Bréfritari: Soffía Daníelsdóttir
Viðtakandi: Jakobína Magnúsdóttir og Daníel Halldórsson
Dagsetning: A-1904-06-26
Skrifað á: Skeggjastöðum  N-Múl.
Soffía var dóttir Jakobínu og Daníels

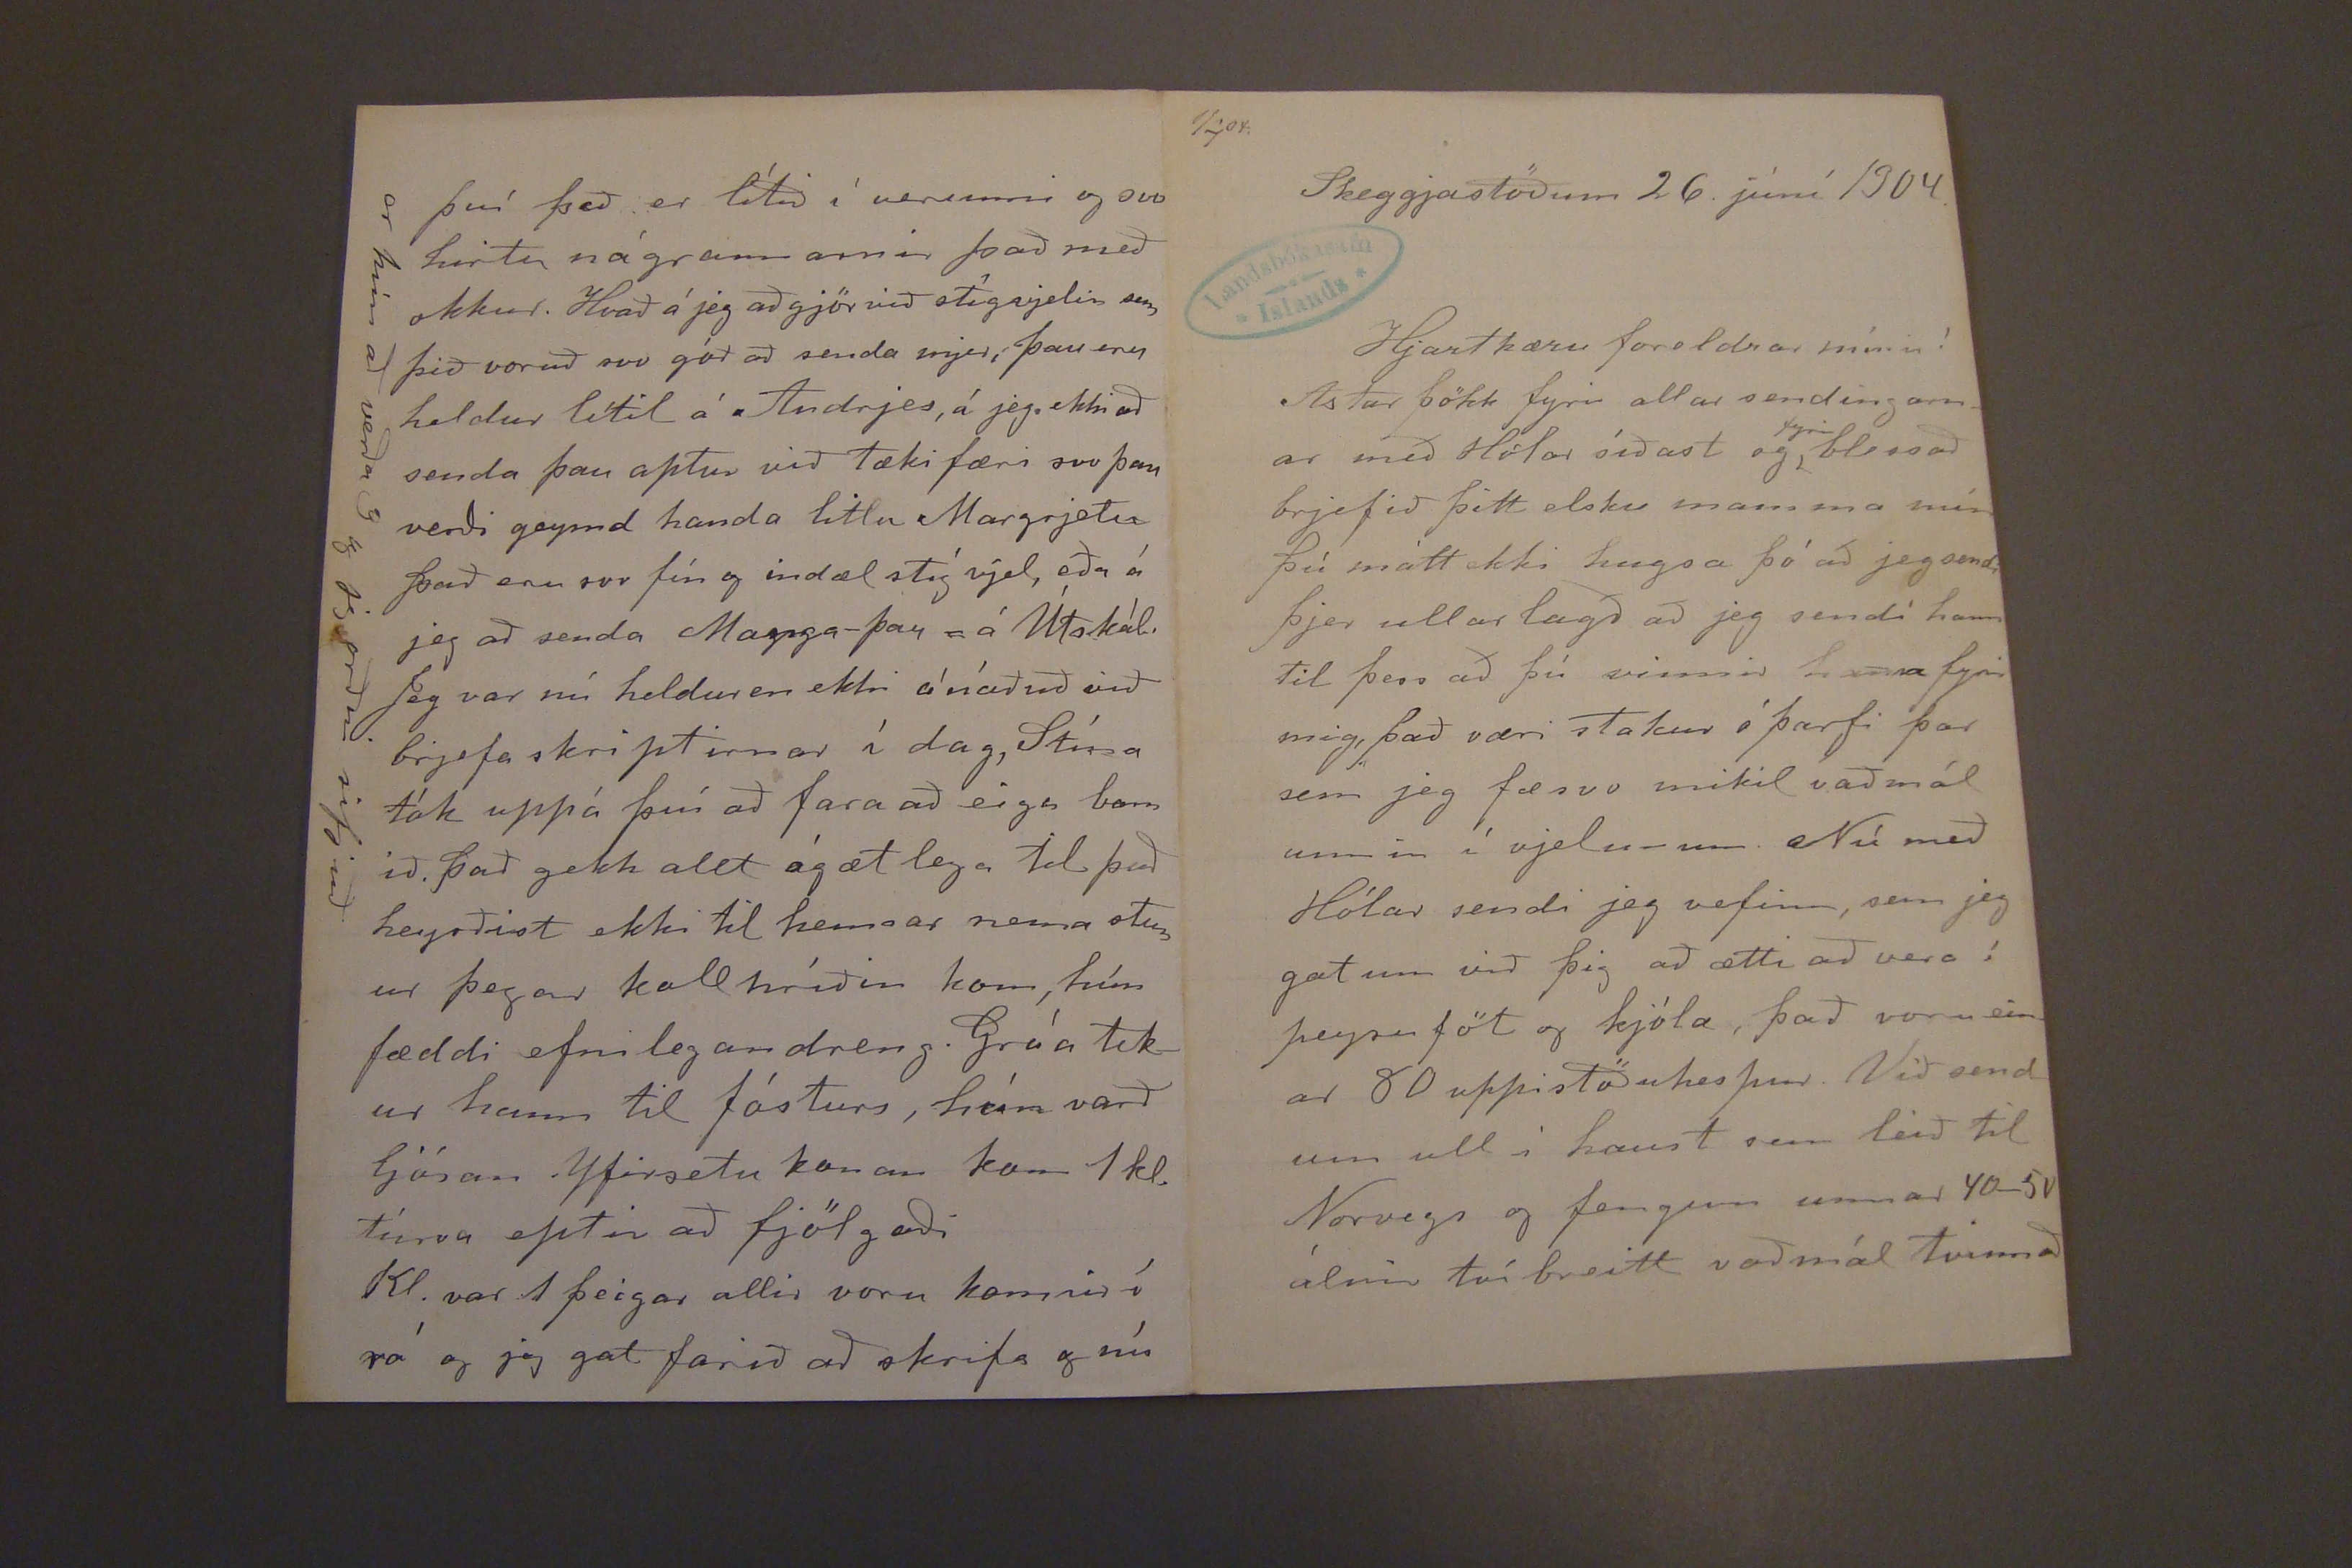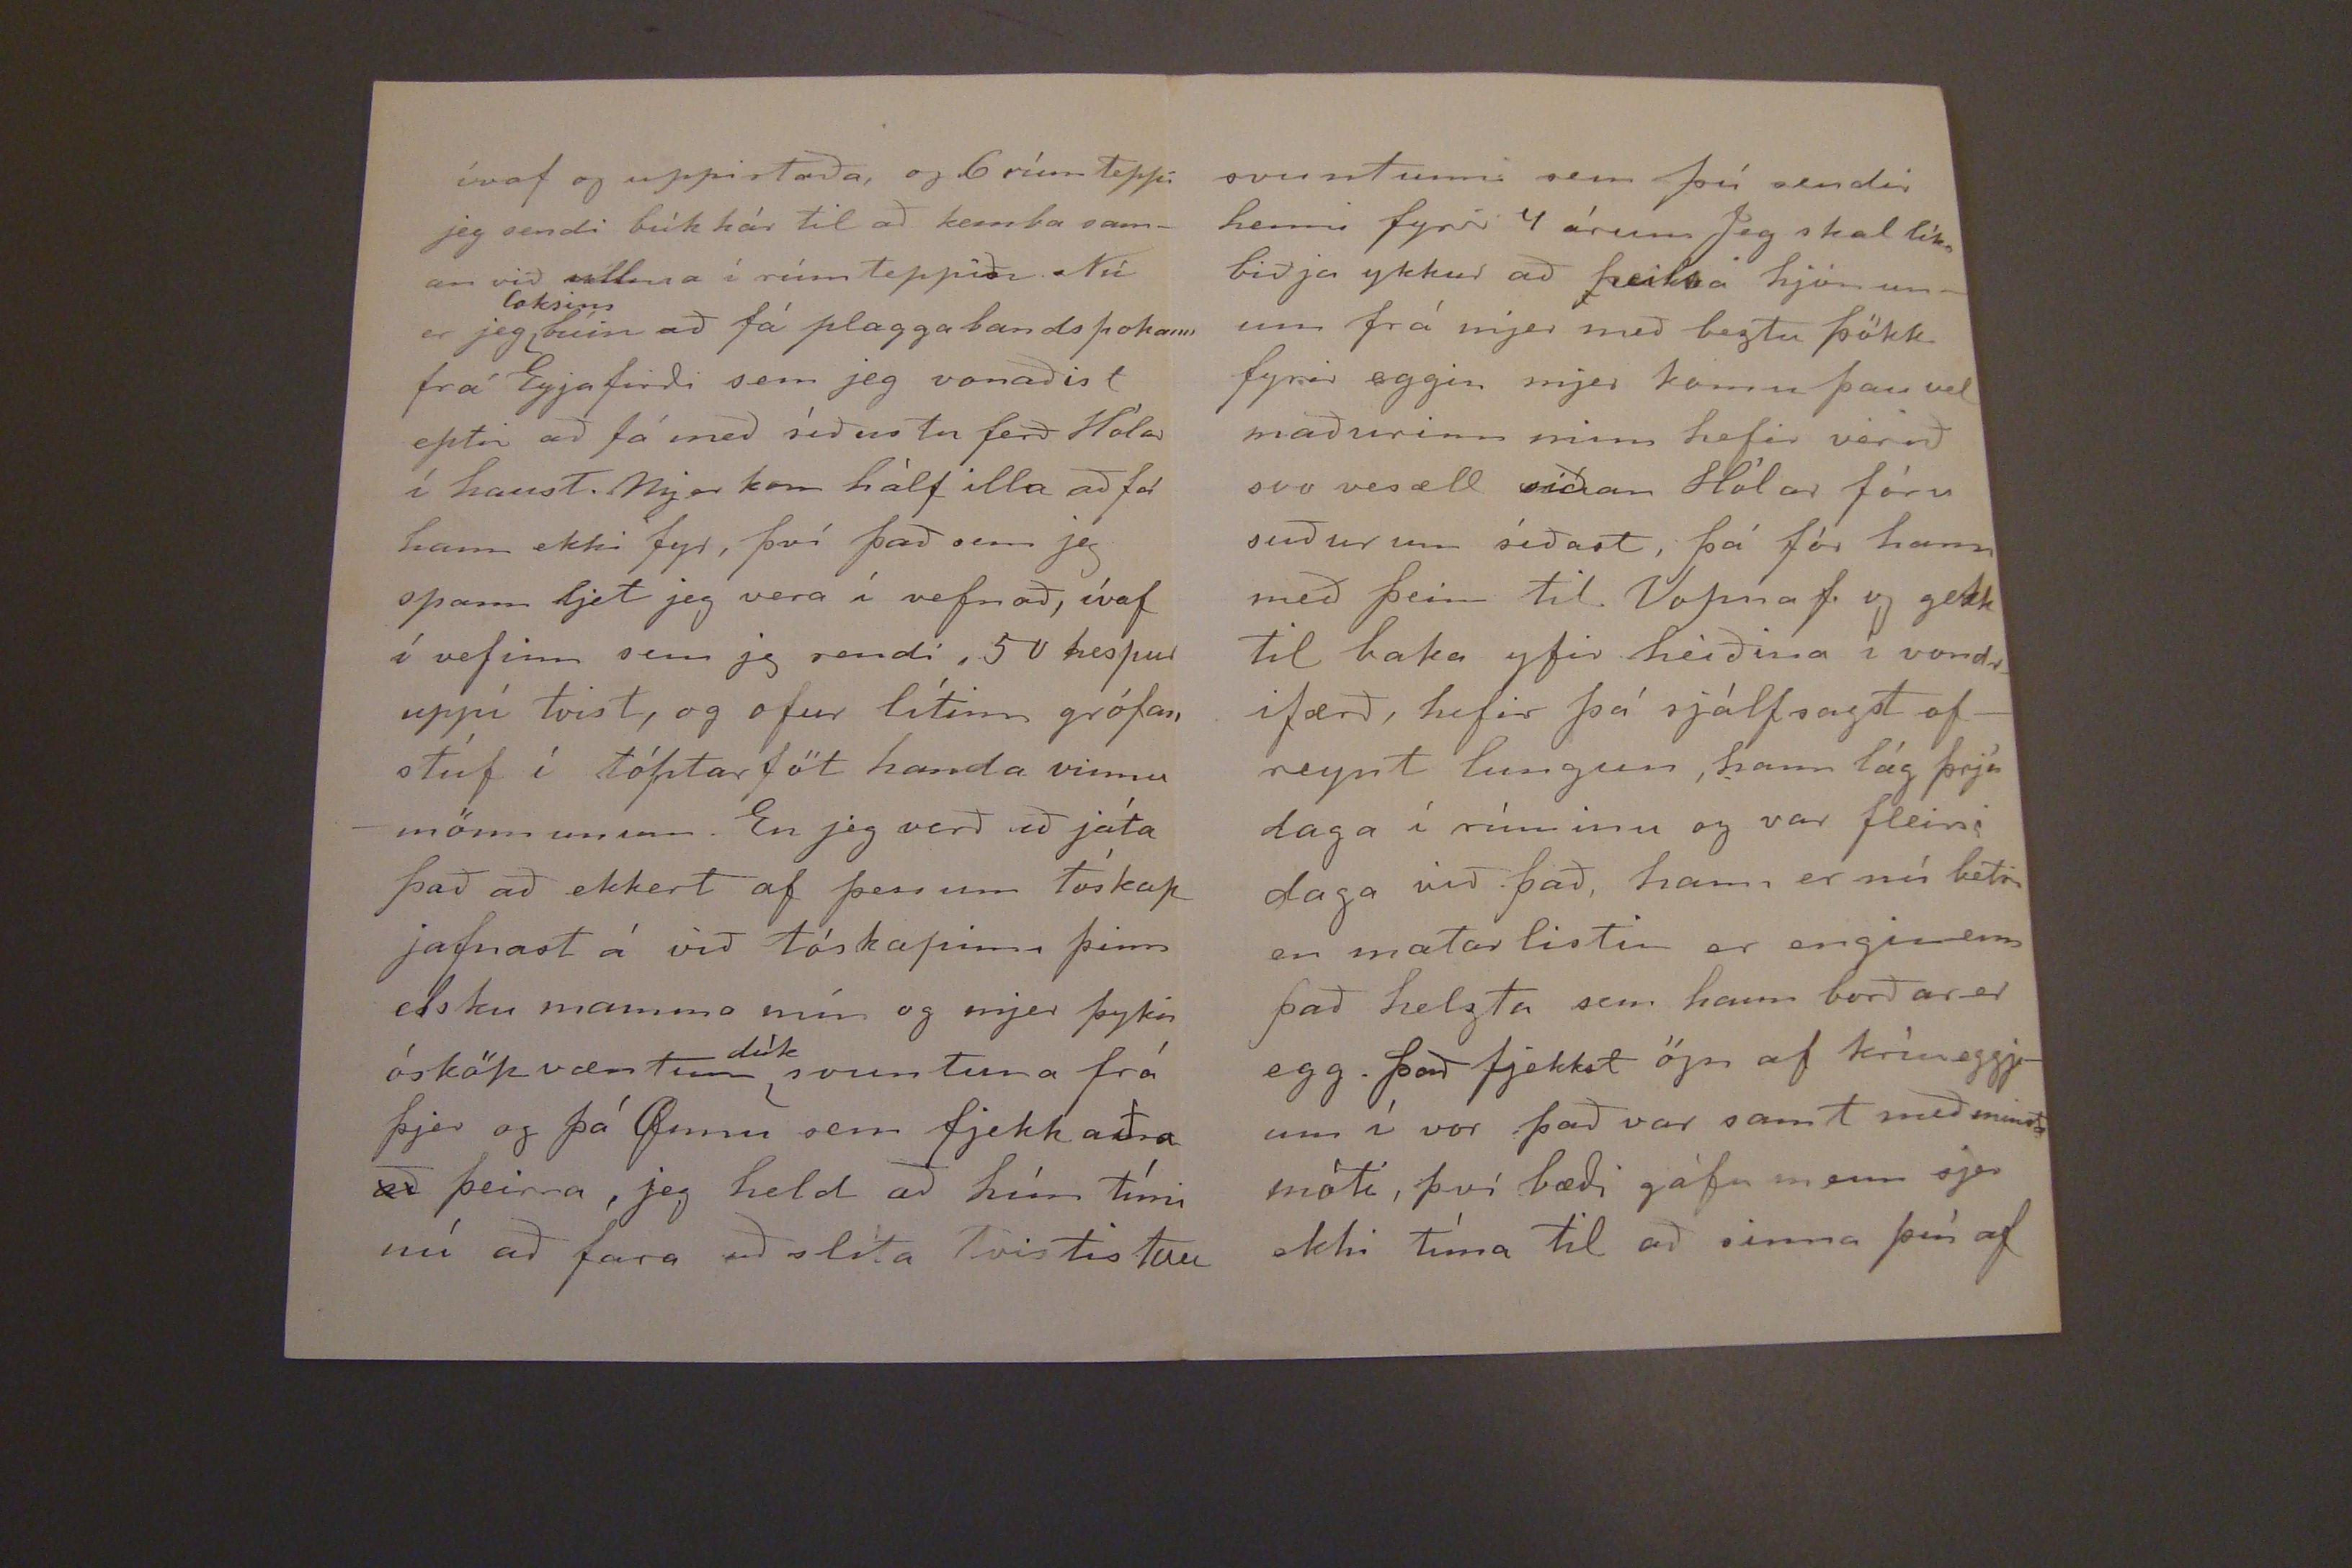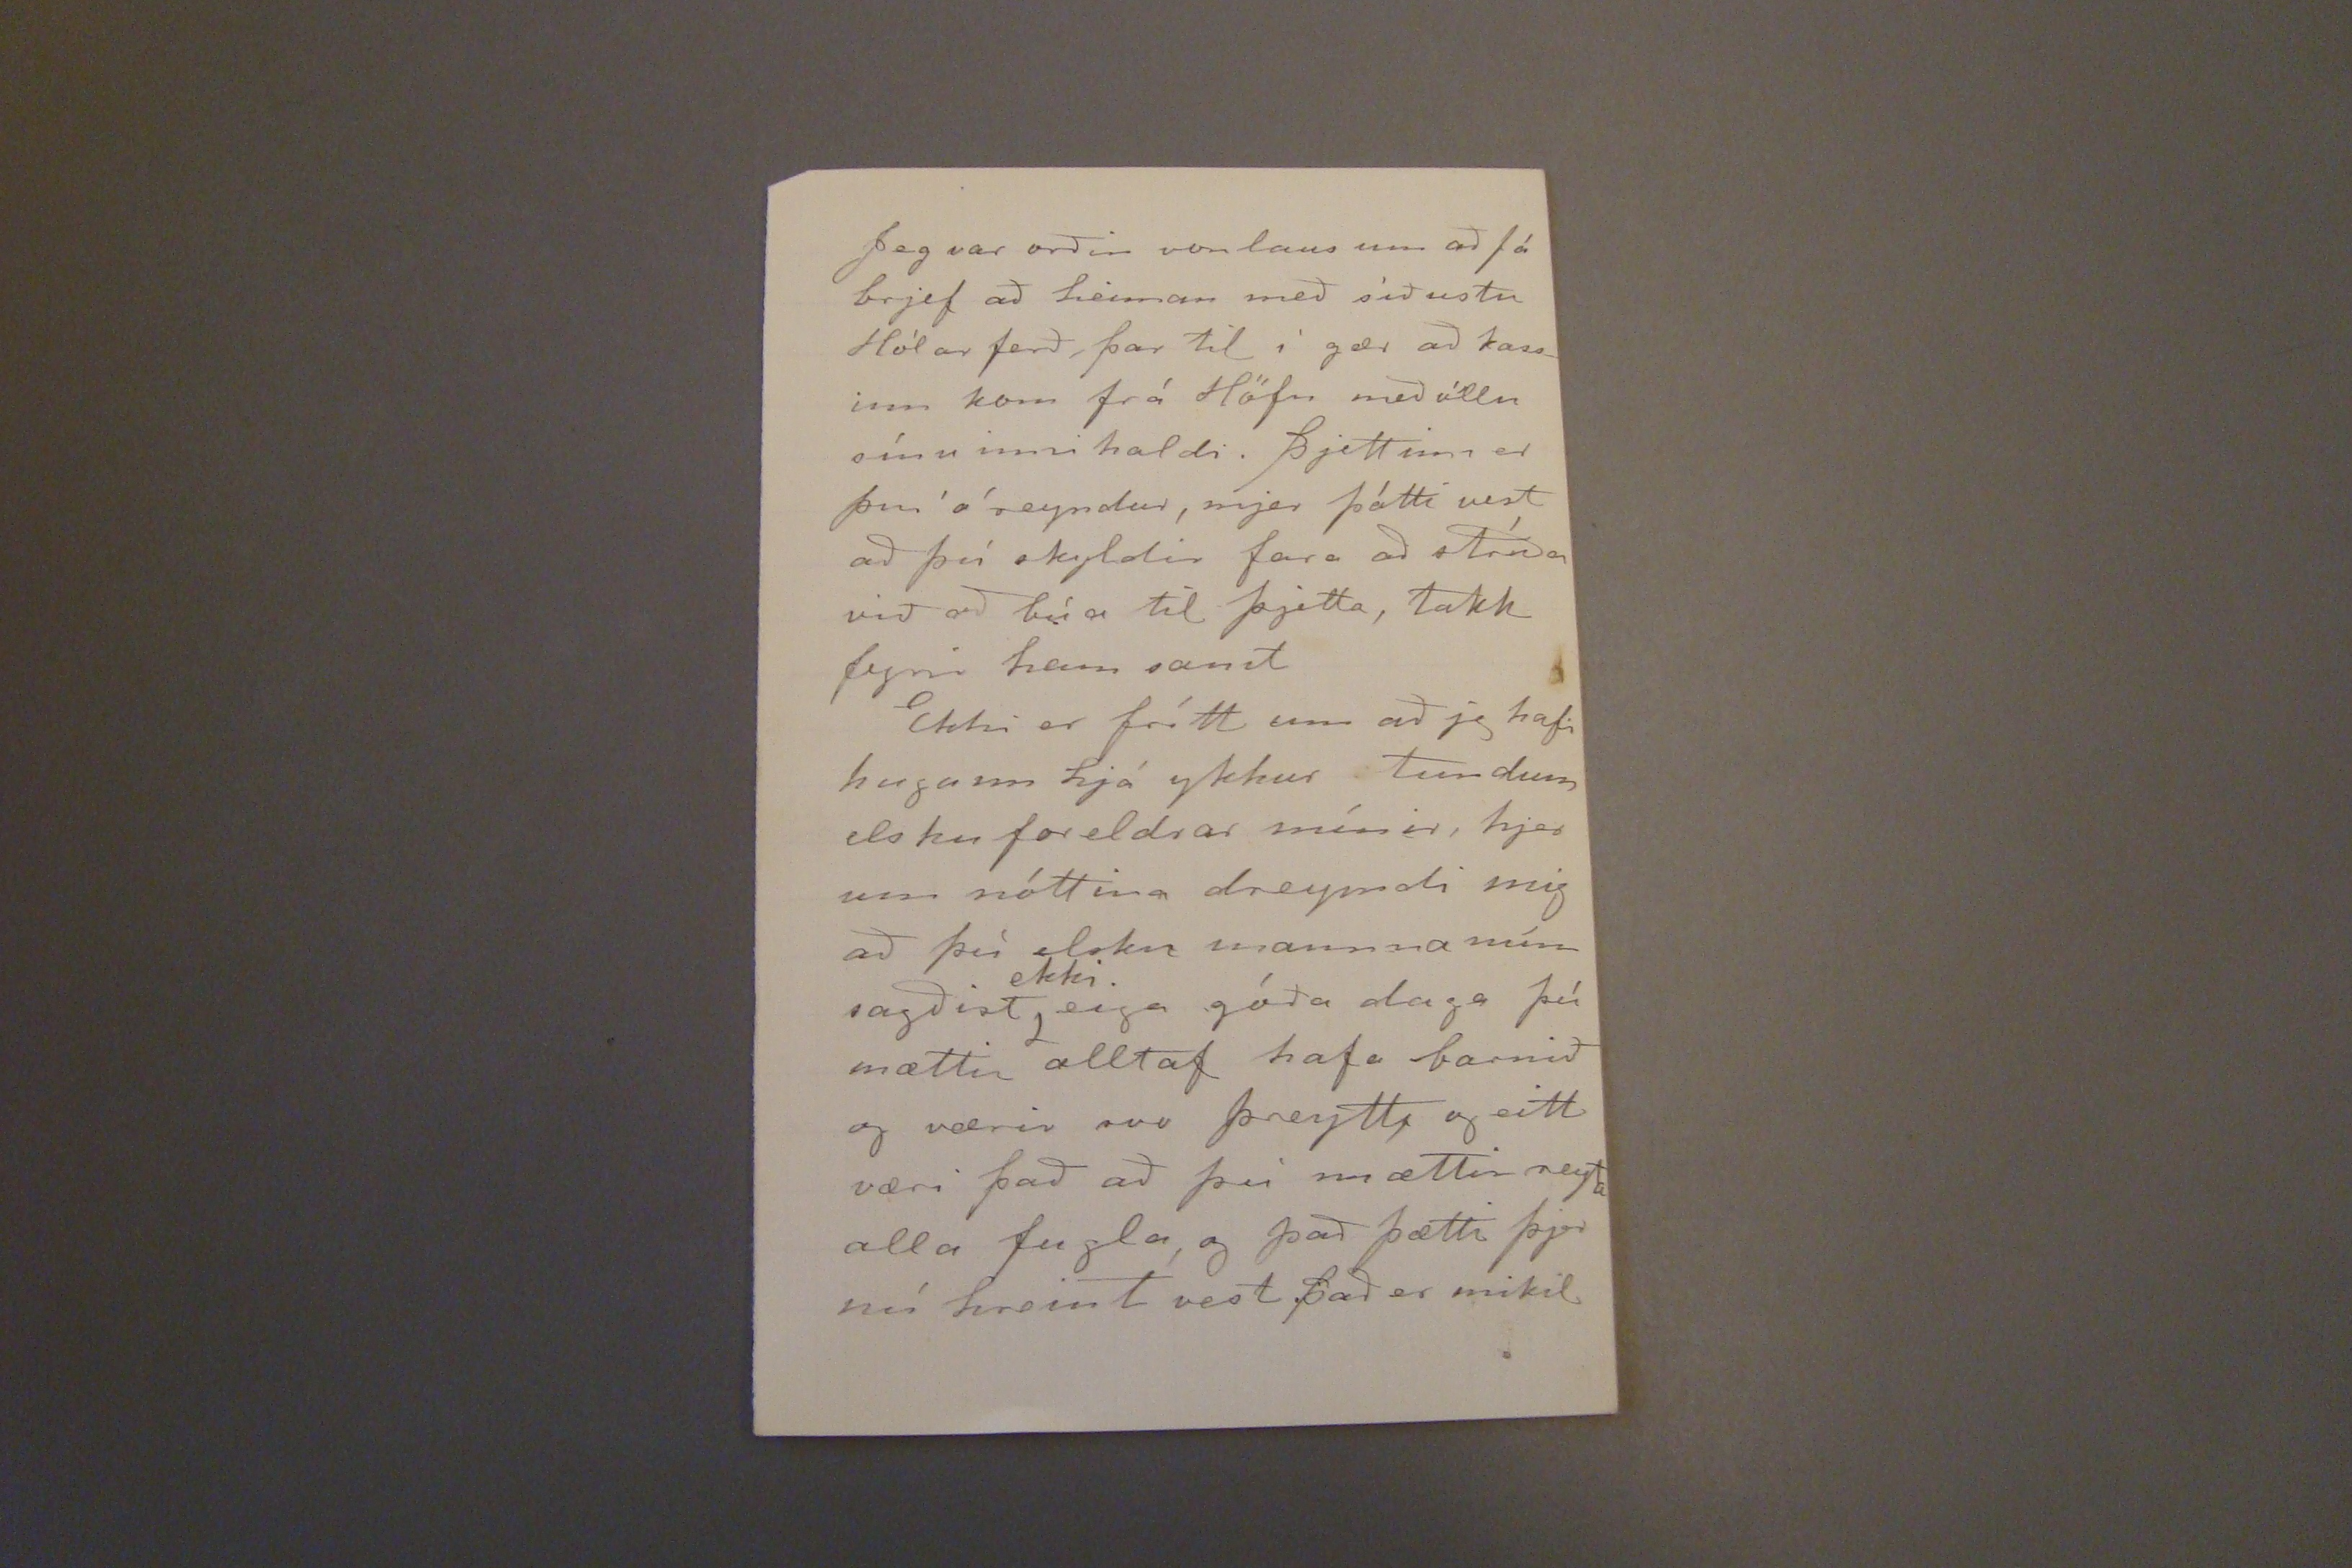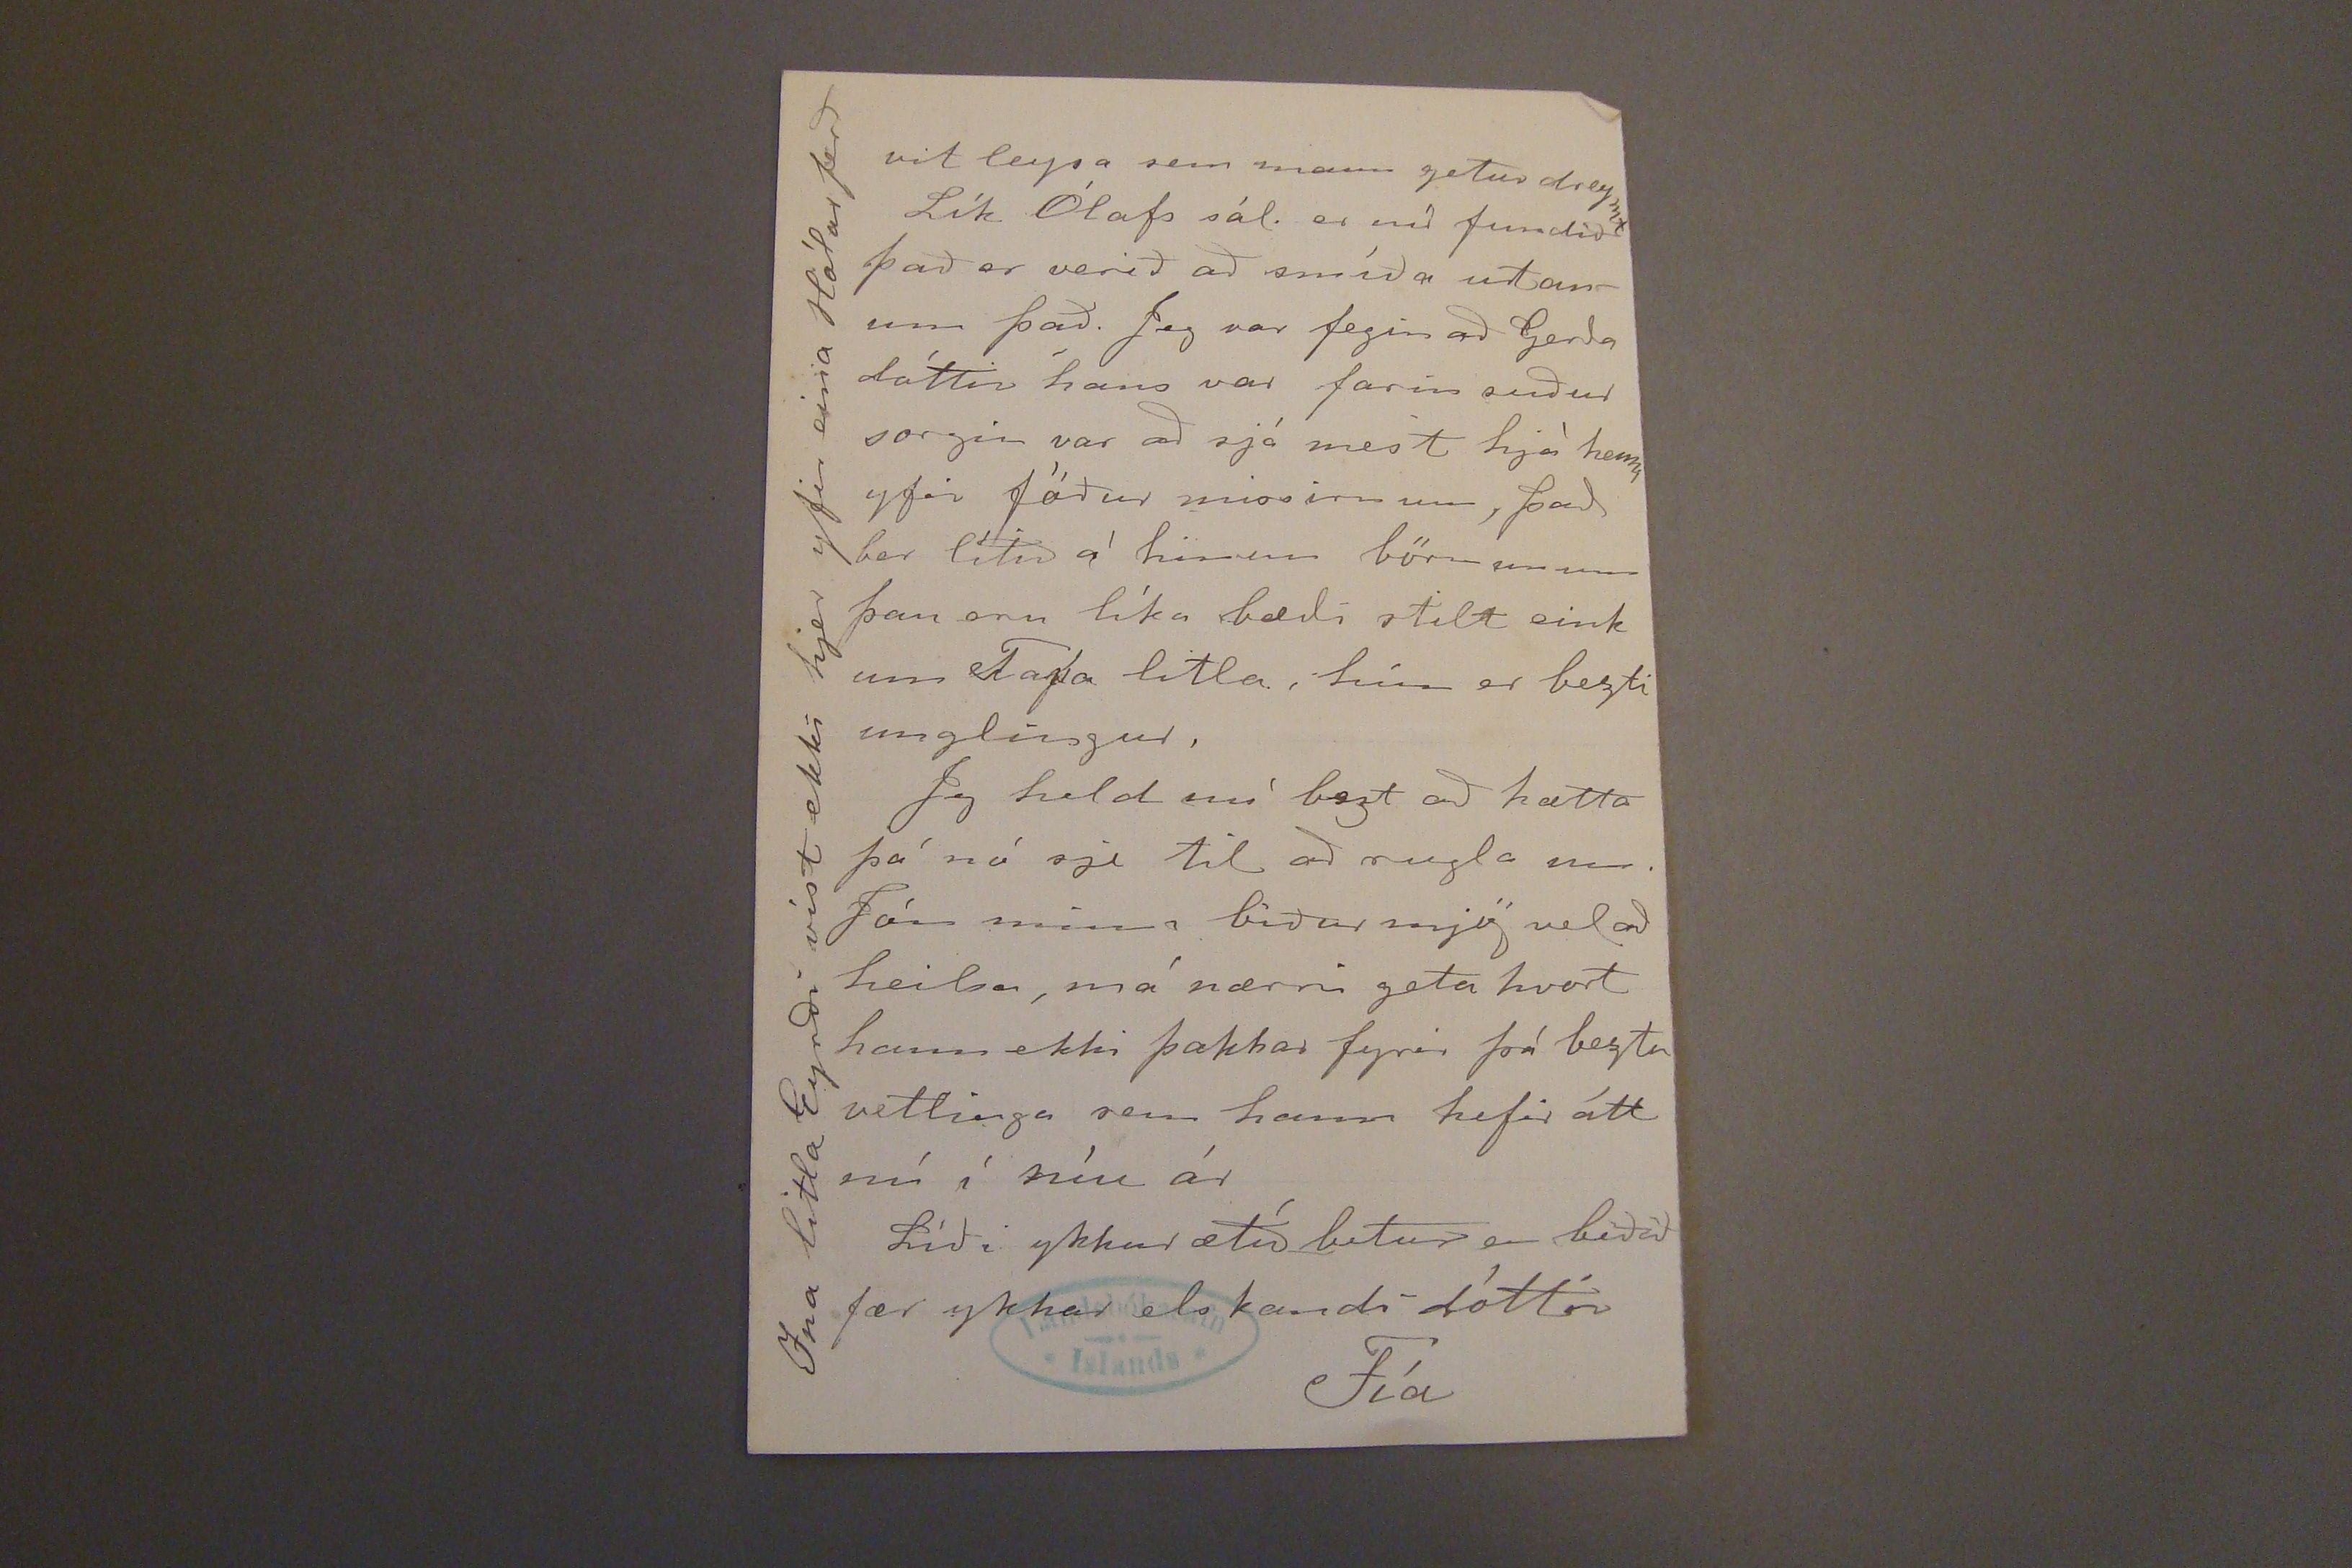

1/7'04.
Skeggjastöðum 26. júní 1904.
Hjartkæru foreldrar mínir!
Astar þökk fyrir allar sendingarnar með Hólar síðast og
fyrir
blessað brjefið þitt elsku mamma mín þú mátt ekki hugsa þó að jeg sendi þjer ullarlagð að jeg sendi hann til þess að þú vinnir hana fyrir mig, það væri stakur óþarfi þar sem jeg fæ svo mikil vaðmá unnin í vjelunum Nú með Hólar sendi jeg vefinn, sem jeg gatum við þig að ætti að vera í peysu föt og kjóla, það voru einar 80 uppistöðuhespur. Við sendum ull í haust sem leið til Norvegs og fengum unnar 40-50 álnir tvíbreitt vaðmál tvinnað
ívaf og uppistaða, og 6 rúm teppi jeg sendi búkhár til að kemba saman við ullina í rúm teppið Nú er jeg
loksins
búin að fá plaggabands pokann frá Eyjafirði sem jeg vonaðist eptri að fá með síðustu ferð Hólar í haust. Mjer kom hálf illa að fá hann ekki fyr, því það sem jeg spann ljet jeg vera í vefnað, ívaf í vefinn sem jeg sendi, 50 hespur uppí tvist, og ofur lítinn grófan stúf í tóptarföt handa vinnu mönnunum. En jeg verð að játa það að ekkert af þessum tóskap jafnast á við tóskapinn þinn elsku mamma mín og mjer þykir ósköp væntum
dúk
svuntuna frá þjer og þá Onnu sem fjekk aðra
að
þeirra, eg held að hún tími nú að fara að slíta
Tvistis fall
því það er lítið í verunni og svo hirtu nágrannarnir það með okkur. Hvað á eg að gjör við stígvjelin sem þið voruð svo góð að senda mjer, þau eru heldur lítil á Andrjes, á jeg ekki að senda þau aptur við tækifæri svo þau verði geymd handa itlu Margrjetu það eru svo fín og indæl stígvjel, eða á jeg að senda Magga-þau - á Útskál. Jeg var nú heldur en ekki ónáðuð við brjefa skriptirnar í dag, Stína tók uppá því að fara að eiga barn ið. það gekk allt ágætlega til það heyrðist ekki til hennar nema stun ur þegar kallhríðin kom, hún fæddi efnilegan dreng. Gróa tekur hann til fósturs, hún varð ljósan Yfirsetu konan kom 1 kl. tíma eptir að fjölgaði
Kl. var 1 þeigar allir voru komnir í ró og jeg gat farið að skrifa og nú
er hún að verða 3 og jeg orðin sifjuð.
svuntunni sem þú sendir henni fyrir 4 árum Jeg skal líka biðja ykkur að heilsa hjónunum frá mjer með beztu þökk fyrir eggin mjer komu þau vel maðurinn minn hefir veirð svo vesæll síðan Hólar fóru suður um síðast, þá fór hann með þeim til Vopnaf. í vondrifærð, hefir þá sjálfsagt afreynt lungun, hann lág þrjá daga í rúminu og var fleiri daga við það, hann er nú betri en matarlistin er engin enn það helzta sem hann borðar er egg. það fjekkst ögn af kríueggjum í vor það var samt með minra móti, því bæði gáfu menn sjer ekki tíma til að sinna því af
Jeg var orðin vonlaus um að fá brjef að heiman með síðustu Hólarferð, þar til í gær að kassinn kom frá Höfn meðöllu sínu inni haldi. þjettinn er því ó reyndur, mjer þótti vert að því skyldir fara að sríða við að búa til þjetta, takk fyrir hann samt
Ekki er frítt um að jeg hafi hugann hjá ykkur tundum elsku foreldrar mínir, hjer um nóttina dreymdi mig að þú elsku mamma mín sagðist
ekki
eiga góða daga þú mættir alltaf hafa barnið og værir svo þreytt og eitt væri það að þú mættir reyta alla fugla, og það þætti þjer nú hreint vest. það er mikil
vit eysa sem mann getur dreymt Lík Ólafs sál. er nú fundið það er verið að smíða utanum það. Jeg var fegin að Gerða dóttir hans var farin suður sorgin var að sjá mest hjá henni yfir föður missirnum, það ber lítið á hinum börnunum þau eru líka bæði stilt eink um Tapa litla, hún er bezti unglingur.
Jeg held nú bezt að hætta þó nó sje til að rugla um. Jón minn biður mjög vel að heilsa, má nærri geta hvort hann ekki þakkar fyrir þá beztu vettlinga sem hann hefir átt nú í níu ár
Líði ykkur ætíð betur en beðið fær ykkar elskandi dóttir
Fía
Ina littla Eyrði víst ekki hjer yfir eina Hólar ferð